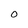
Character: O